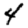
Digit: 4